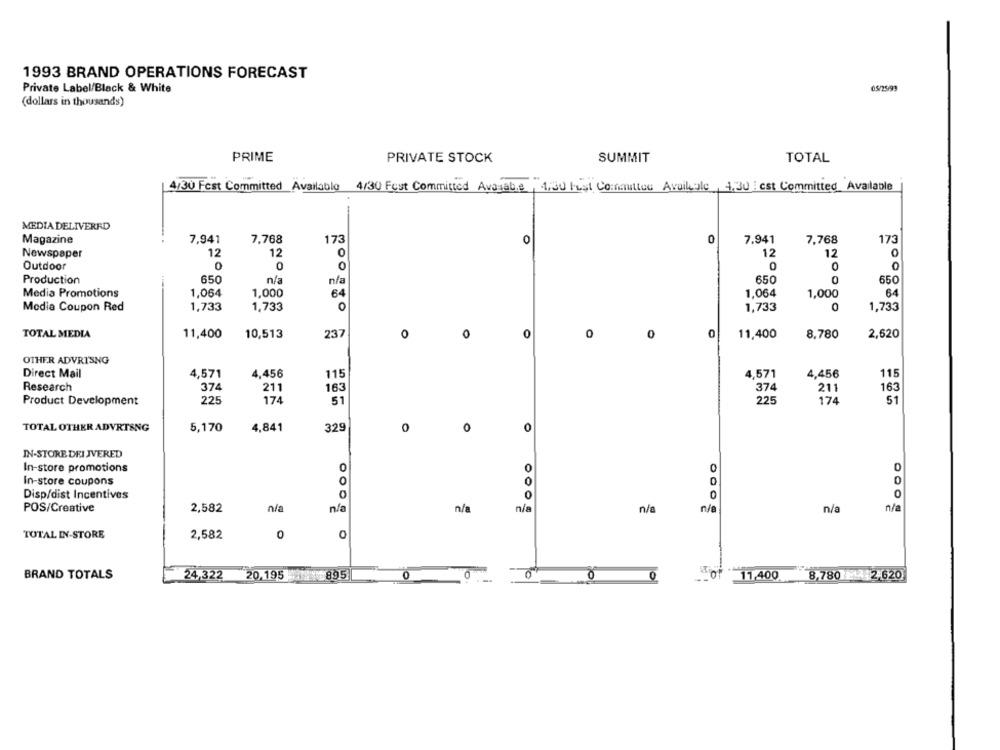
1993 BRAND OPERATIONS FORECAST
Private Label/Black & White
05/25/93
(dollars in thousands)
PRIME
SUMMIT
PRIVATE STOCK
TOTAL
4/30 Fest Committed Available 4/30 Fest Committed Avagable, 1,30 hust Cormutter Avoileale, 4.30 est Committed_ Available
MEDIA DELIVERED
Magazine
7,941
7,768
173
0
0
7.941
7,768
173
Newspaper
12
12
0
12
12
0
Outdoor
0
0
0
0
0
0
Production
650
n/a
n/a
650
0
650
Media Promotions
1,064
1,000
1,064
1,000
64
64
Media Coupon Red
1,733
1,733
0
1,733
0
1,733
TOTAL MEDIA
11,400
10,513
237
0
0
0
0
0
0
11,400
8,780
2,620
OTHER ADVRISNG
Direct Mail
4,571
4,456
115
4,571
4,456
115
Research
374
211
163
374
211
163
Product Development
225
174
51
225
174
51
TOTAL OTHER ADVRTENG
5,170
4,841
32
0
0
0
IN-STORE DEI JVERED
0
In-store promotions
O
0
In-store coupons
0
Disp/dist Incentives
OD
0
0
0
POS/Creative
2,582
n/a
nfa
n/a
n/a
n/a
n/a
n/a
TOTAL IN-STORE
2,582
0
BRAND TOTALS
24,322
20,195 895
0
0
0
0
-- 0
11,400 8,780 -2 2.620